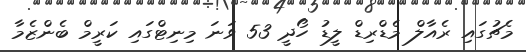
މެޗުގައި ރެއާލް މެޑްރިޑް ލީޑު ހޯދީ 53 ވަނަ މިނިޓްގައި ކަރީމް ބެންޒެމާ